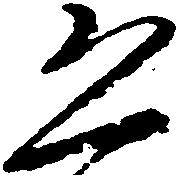
恐